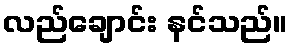
လည်ချောင်း နင်သည်။